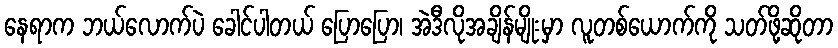
နေရာက ဘယ်လောက်ပဲ ခေါင်ပါတယ် ပြောပြော၊ အဲဒီလိုအချိန်မျိုးမှာ လူတစ်ယောက်ကို သတ်ဖို့ဆိုတာ